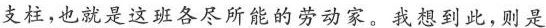
支柱，也就是这班各尽所能的劳动家，我想到此，则是